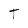
Character: T